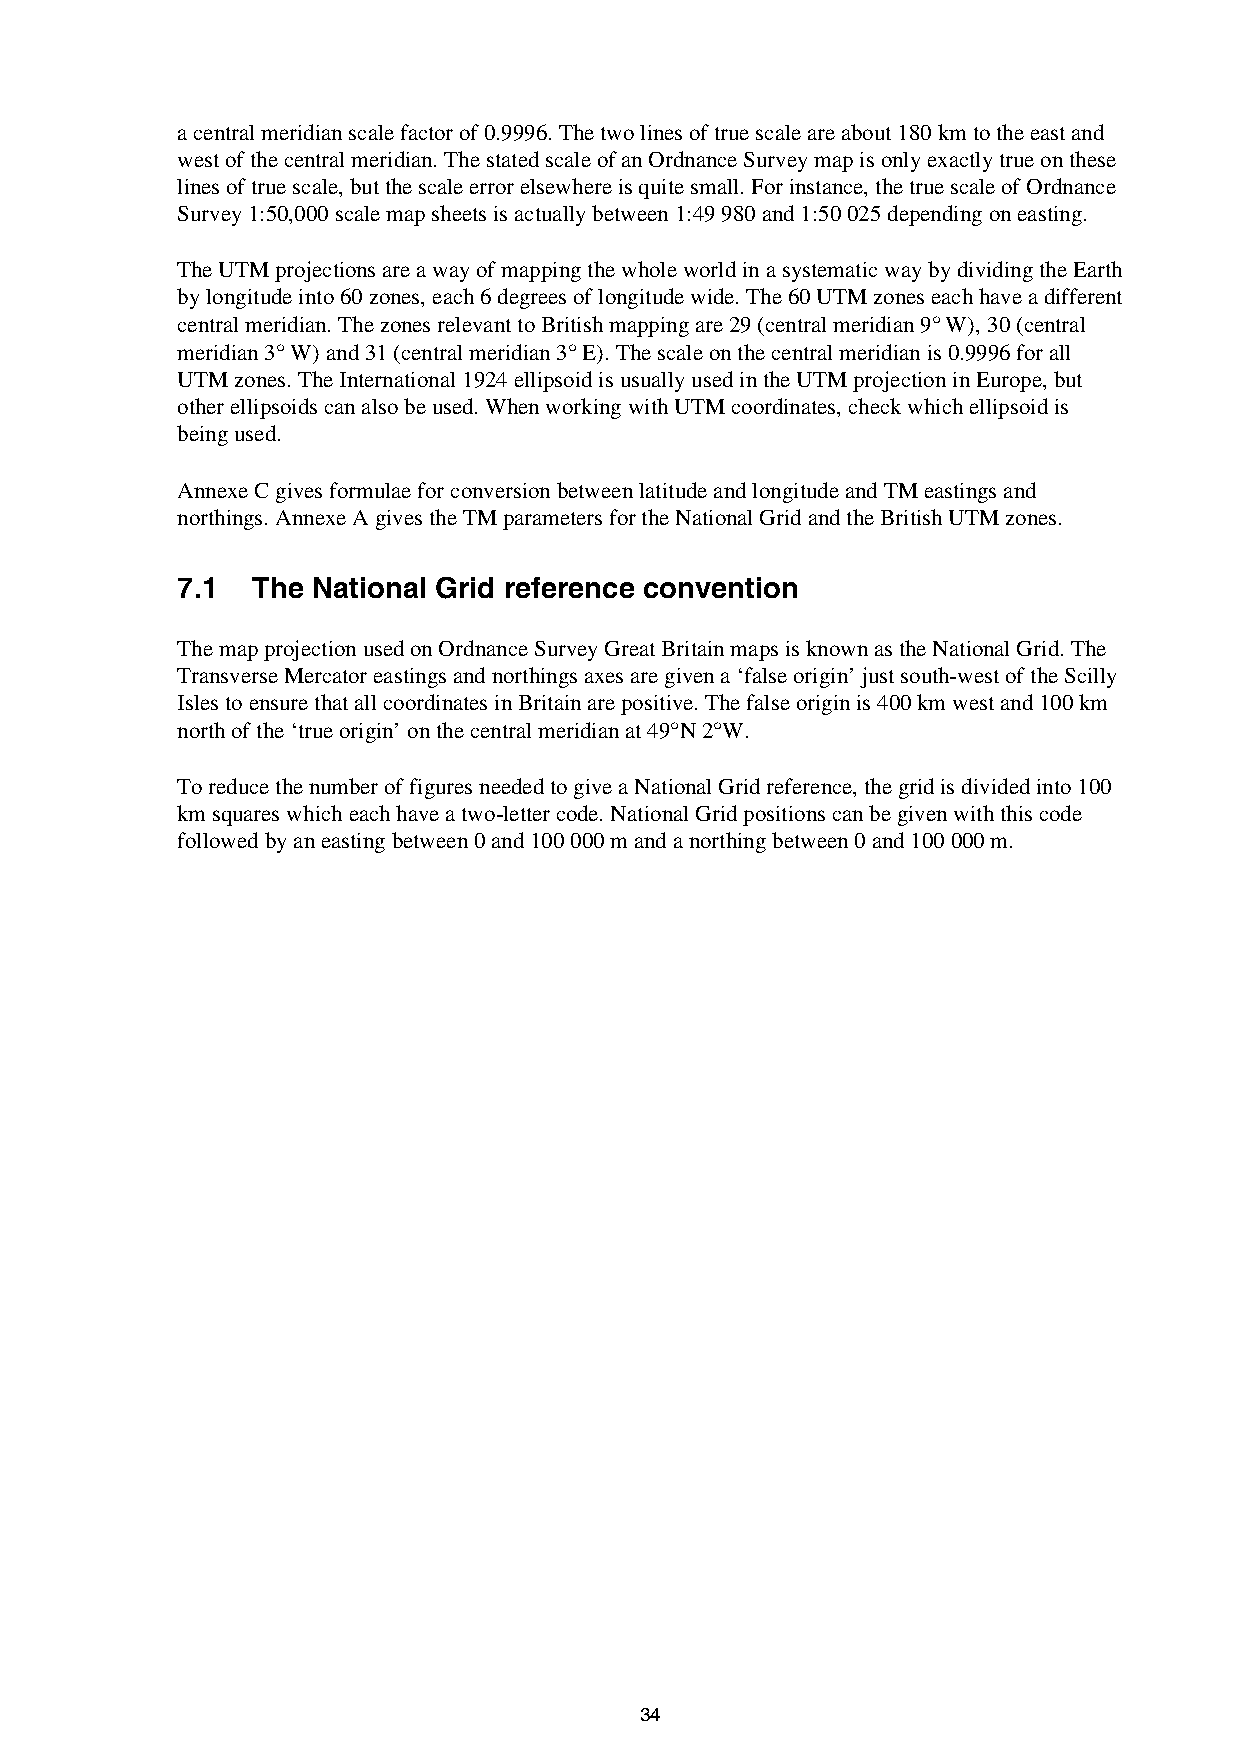
a central meridian scale factor of 0.9996. The two lines of true scale are about 180 km to the east and
 west of the central meridian. The stated scale of an Ordnance Survey map is only exactly true on these
 lines of true scale, but the scale error elsewhere is quite small. For instance, the true scale of Ordnance
 Survey 1:50,000 scale map sheets is actually between 1:49 980 and 1:50 025 depending on easting.
 The UTM projections are a way of mapping the whole world in a systematic way by dividing the Earth
 by longitude into 60 zones, each 6 degrees of longitude wide. The 60 UTM zones each have a different
 central meridian. The zones relevant to British mapping are 29 (central meridian 9° W), 30 (central
 meridian 3° W) and 31 (central meridian 3° E). The scale on the central meridian is 0.9996 for all
 UTM zones. The International 1924 ellipsoid is usually used in the UTM projection in Europe, but
 other ellipsoids can also be used. When working with UTM coordinates, check which ellipsoid is
 being used.
 Annexe C gives formulae for conversion between latitude and longitude and TM eastings and
 northings. Annexe A gives the TM parameters for the National Grid and the British UTM zones.
 7.1  The National Grid reference convention
 The map projection used on Ordnance Survey Great Britain maps is known as the National Grid. The
 Transverse Mercator eastings and northings axes are given a ‘false origin’ just south-west of the Scilly
 Isles to ensure that all coordinates in Britain are positive. The false origin is 400 km west and 100 km
 north of the ‘true origin’ on the central meridian at 49°N 2°W.
 To reduce the number of figures needed to give a National Grid reference, the grid is divided into 100
 km squares which each have a two-letter code. National Grid positions can be given with this code
 followed by an easting between 0 and 100 000 m and a northing between 0 and 100 000 m.
 34